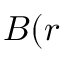
\boldsymbol { B } ( \boldsymbol { r }